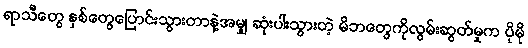
ရာသီတွေ နှစ်တွေပြောင်းသွားတာနဲ့အမျှ ဆုံးပါးသွားတဲ့ မိဘတွေကိုလွမ်းဆွတ်မှုက ပိုမို